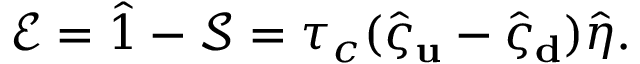
\mathcal { E } = \hat { 1 } - \mathcal { S } = \tau _ { c } ( \hat { \varsigma } _ { \bf u } - \hat { \varsigma } _ { \bf d } ) \hat { \eta } .